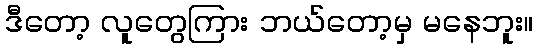
ဒီတော့ လူတွေကြား ဘယ်တော့မှ မနေဘူး။